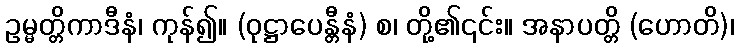
ဥမ္မတ္တိကာဒီနံ၊ ကုန်၍။ (ဝုဋ္ဌာပေန္တီနံ) စ၊ တို့၏၎င်း။ အနာပတ္တိ (ဟောတိ)၊